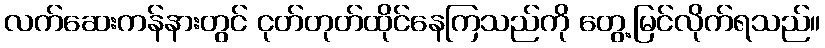
လက်ဆေးကန်နားတွင် ငုတ်တုတ်ထိုင်နေကြသည်ကို တွေ့မြင်လိုက်ရသည်။